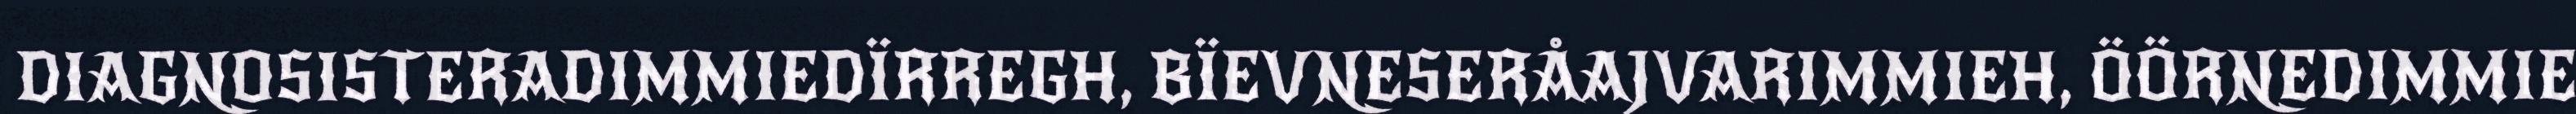
DIAGNOSISTERADIMMIEDÏRREGH, BÏEVNESERÅAJVARIMMIEH, ÖÖRNEDIMMIE